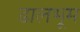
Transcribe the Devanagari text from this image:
ढालभूम